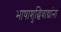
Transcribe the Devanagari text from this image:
भाषाशुद्धिवाद्यांना